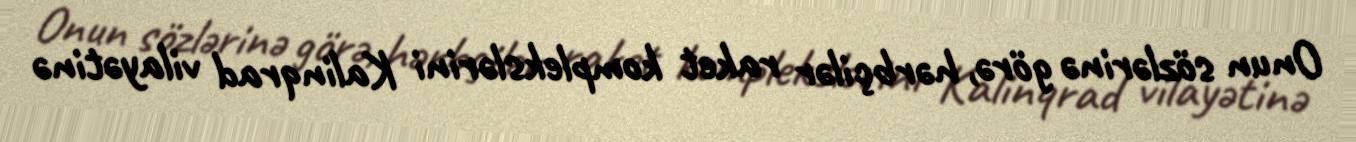
Onun sözlərinə görə, hərbçilər raket komplekslərini Kalinqrad vilayətinə